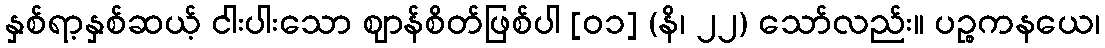
နှစ်ရာ့နှစ်ဆယ့် ငါးပါးသော ဈာန်စိတ်ဖြစ်ပါ [၀၁] (နိ၊ ၂၂) သော်လည်း။ ပဉ္စကနယေ၊